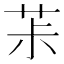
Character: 茮